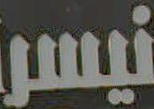
نيسر